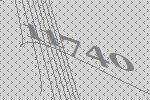
11740